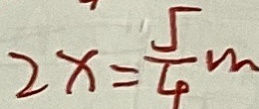
2 x = \frac { 5 } { 4 } m